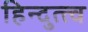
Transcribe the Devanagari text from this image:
हिन्दुत्त्व